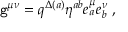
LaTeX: { \tt g } ^ { \mu \nu } = q ^ { \Delta ( a ) } \eta ^ { a b } e _ { a } ^ { \mu } e _ { b } ^ { \nu } \; ,